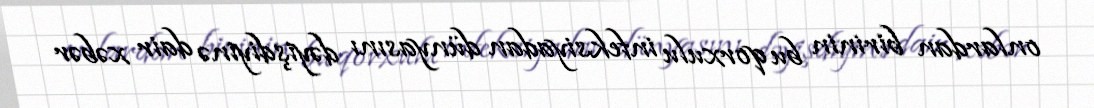
onlardan birinin bu qorxulu infeksiyadan dünyasını dəyişdiyinə dair xəbər